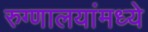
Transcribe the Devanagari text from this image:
रुग्णालयांमध्ये